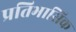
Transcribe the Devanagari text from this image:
प्रतिभासिक